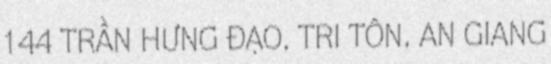
144 TRẦN HƯNG ĐẠO, TRI TÔN, AN GIANG